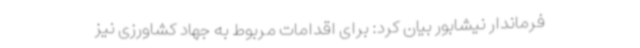
فرماندار نیشابور بیان کرد: برای اقدامات مربوط به جهاد کشاورزی نیز